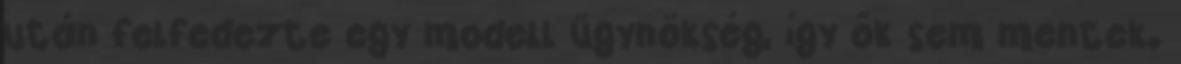
után felfedezte egy modell ügynökség, így ők sem mentek.